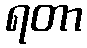
ရတာ